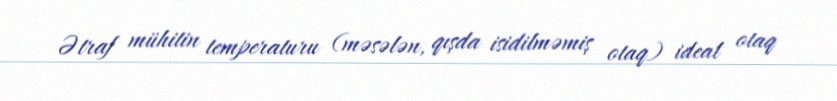
Ətraf mühitin temperaturu (məsələn, qışda isidilməmiş otaq) ideal otaq